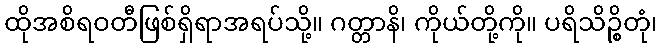
ထိုအစိရဝတီဖြစ်ရှိရာအရပ်သို့။ ဂတ္တာနိ၊ ကိုယ်တို့ကို။ ပရိသိဉ္စိတုံ၊